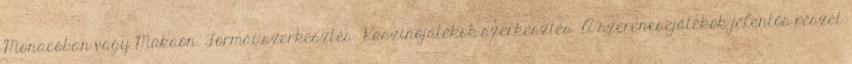
Monacóban vagy Makaón. Formái szerkesztés Kaszinójátékok szerkesztés A szerencsejátékok jelentős részét